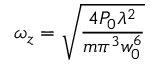
\omega _ { z } = { \sqrt { \frac { 4 P _ { 0 } \lambda ^ { 2 } } { m \pi ^ { 3 } w _ { 0 } ^ { 6 } } } }